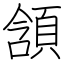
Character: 頷